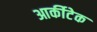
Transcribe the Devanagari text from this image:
आर्कीटेक